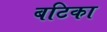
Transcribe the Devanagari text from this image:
बटिका